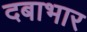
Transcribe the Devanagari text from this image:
दबाभार